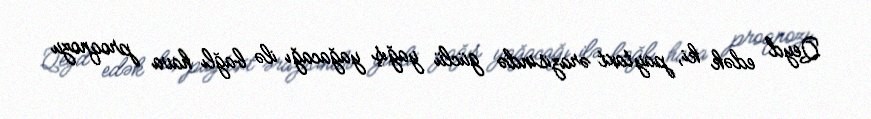
Qeyd edək ki, paytaxt ərazisində güclü yağış yağacağı ilə bağlı hava proqnozu